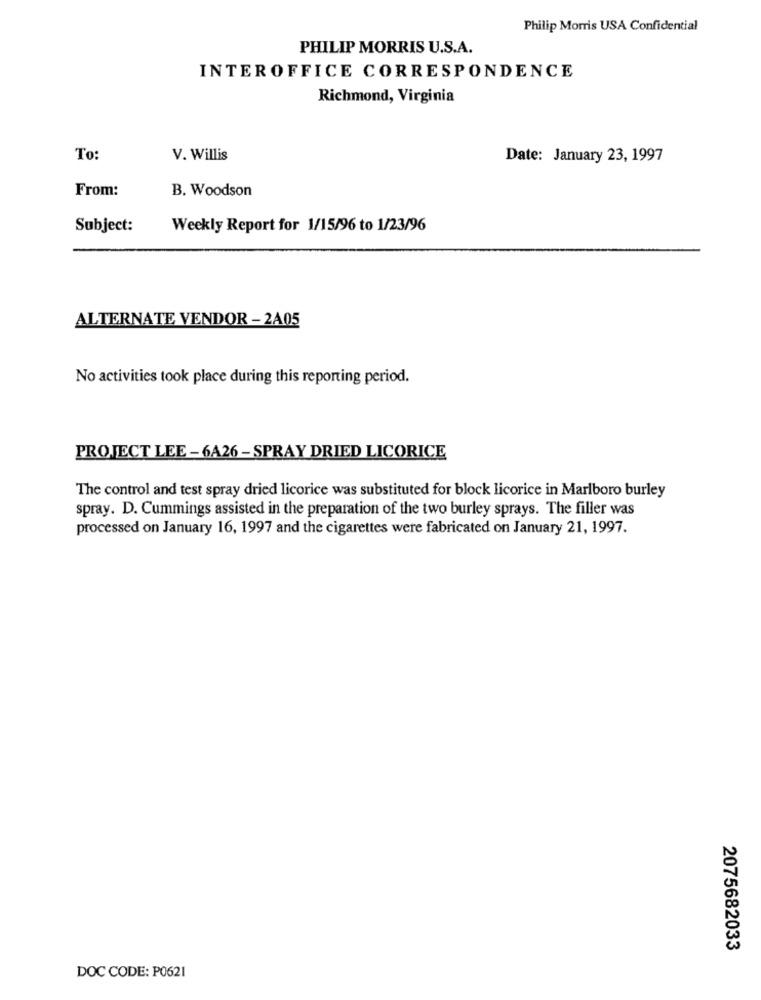
Philip Morris USA Confidential
PHILIP MORRIS U.S.A.
INTEROFFICE CORRESPONDENCE
Richmond, Virginia
To:
V. Willis
Date: January 23, 1997
From:
B. Woodson
Subject:
Weekly Report for 1/15/96 to 1/23/96
ALTERNATE VENDOR - 2A05
No activities took place during this reporting period.
PROJECT LEE -6A26 - SPRAY DRIED LICORICE
The control and test spray dried licorice was substituted for block licorice in Marlboro burley
spray. D. Cummings assisted in the preparation of the two burley sprays. The filler was
processed on January 16, 1997 and the cigarettes were fabricated on January 21, 1997.
2075682033
DOC CODE: P0621